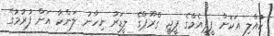
ކުއްލި އަކަށް ޕީޕީއެމްގެ ޕީޖީ ގްރޫޕްގެ ލީޑަރު ނިހާނު ލަންކާ އަށް ފުރުމުގެ